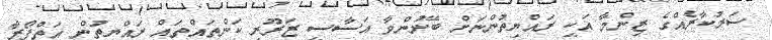
ސަރުކާރެއްގެ ޒިންމާ އަކީ ރައްޔިތުންނަށް ބޭނުންވާ އަސާސީ ޒަރޫރީ ކަންތައްތައް ރައްޔިތުން އަތްފޯރާ